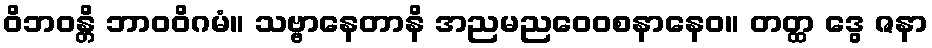
ဝိဘဝန္တိ ဘာဝဝိဂမံ။ သဗ္ဗာနေတာနိ အညမညဝေဝစနာနေဝ။ တတ္ထ ဒွေ ဇနာ